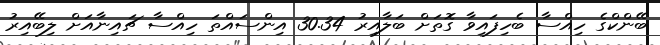
ބޭންކްގެ ހިއްސާ ބެހިފައިވާ ގޮތަށް ބަލާއިރު 30.34 އިންސައްތަ ހިއްސާ ޗައިނާއަށް ލިބޭއިރު